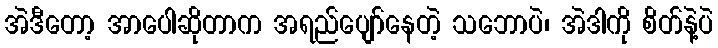
အဲဒီတော့ အာပေါဆိုတာက အရည်ပျော်နေတဲ့ သဘောပဲ၊ အဲဒါကို စိတ်နဲ့ပဲ